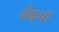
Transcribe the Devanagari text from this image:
थेंबभर